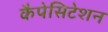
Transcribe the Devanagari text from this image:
कैपेसिटेशन